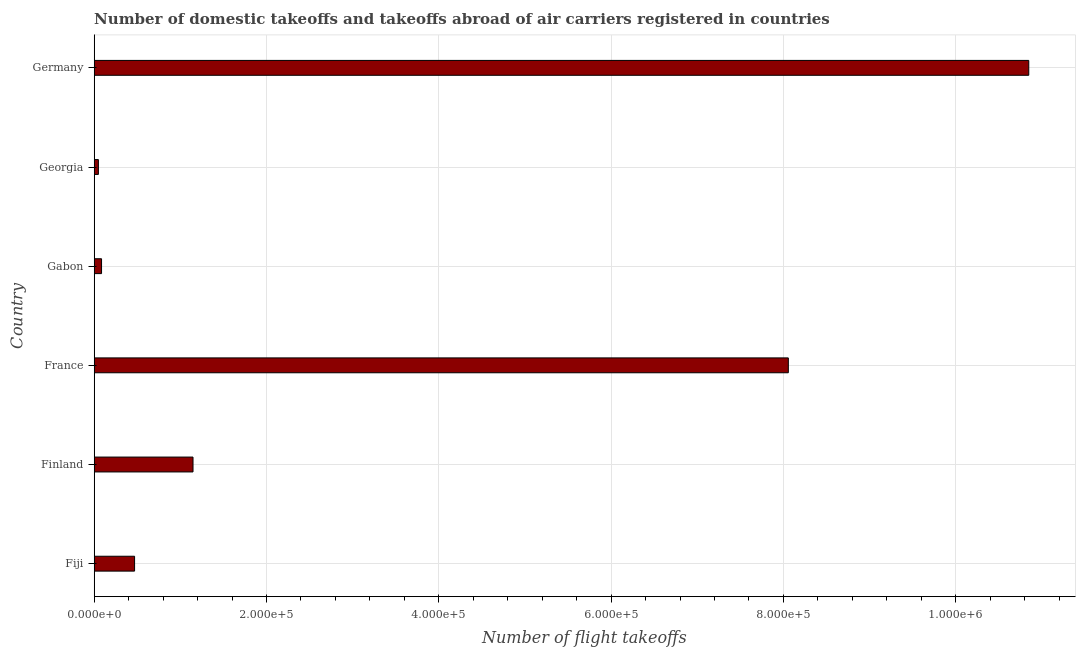
| Country | Air transport |
 | --- | --- |
 | Fiji | 4.69e+04 |
 | Finland | 1.15e+05 |
 | France | 8.06e+05 |
 | Gabon | 8.52e+03 |
 | Georgia | 4.86e+03 |
 | Germany | 1.08e+06 |